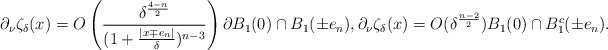
\begin{align*}\partial_\nu \zeta_\delta(x)=O\left(\frac{\delta^\frac{4-n}{2}}{(1+\frac{|x\mp e_n|}{\delta})^{n-3}}\right) \partial B_1(0)\cap B_1(\pm e_n), \partial_\nu \zeta_\delta(x)=O(\delta^\frac{n-2}{2}) B_1(0)\cap B_1^c(\pm e_n).\end{align*}